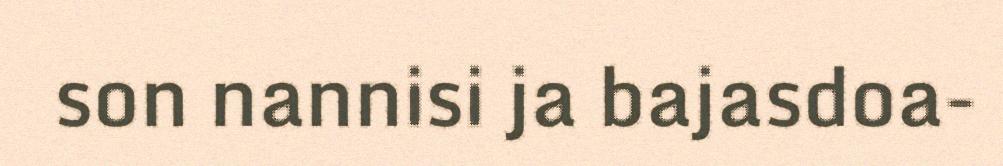
son nannisi ja bajasdoa-